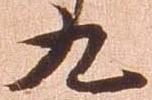
九